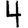
Digit: 4